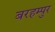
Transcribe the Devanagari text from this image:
बरहम्पुर